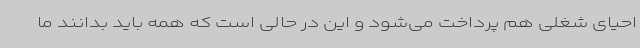
احیای شغلی هم پرداخت می‌شود و این در حالی است که همه باید بدانند ما